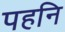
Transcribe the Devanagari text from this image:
पहनि